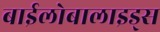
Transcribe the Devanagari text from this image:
बाईलोबालाइड्स